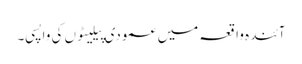
آئندہ واقعہ میں عمودی پیلیٹوں کی واپسی۔